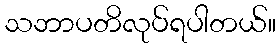
သဘာပတိလုပ်ရပါတယ်။